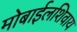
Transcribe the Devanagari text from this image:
मोबाईलशिवाय